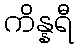
ကိန္နရီ